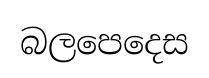
බලපෙදෙස